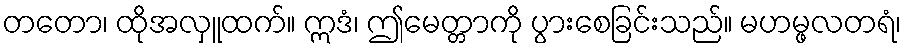
တတော၊ ထိုအလှူထက်။ ဣဒံ၊ ဤမေတ္တာကို ပွားစေခြင်းသည်။ မဟမ္ဖလတရံ၊